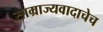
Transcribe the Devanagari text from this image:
साम्राज्यवादाचेच